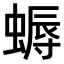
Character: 𧏯